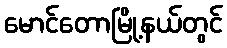
မောင်တောမြို့နယ်တွင်